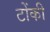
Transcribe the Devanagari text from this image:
टोंकी